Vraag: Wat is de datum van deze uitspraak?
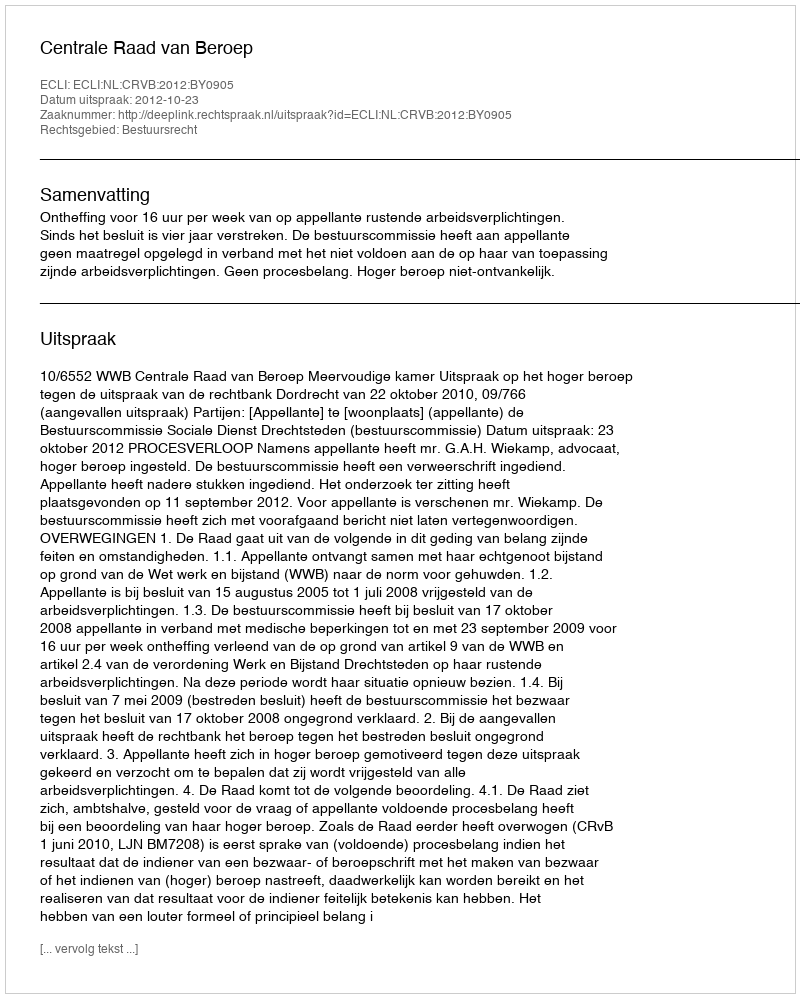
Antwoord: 2012-10-23